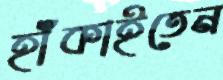
হাঁকাইতেন